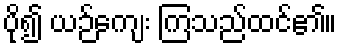
ပို၍ ယဉ်ကျေး ကြသည်ထင်၏။